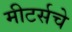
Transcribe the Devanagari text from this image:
मीटर्सचे